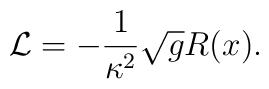
{\cal L}=-\frac{1}{\kappa ^{2}}\sqrt{g}R(x).